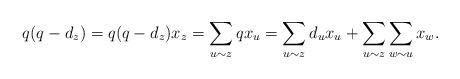
LaTeX: \begin{align*} q(q-d_z)=q(q-d_z)x_z=\sum_{u\sim z}qx_u=\sum_{u\sim z}d_ux_u+\sum_{u\sim z}\sum_{w\sim u}x_w. \end{align*}